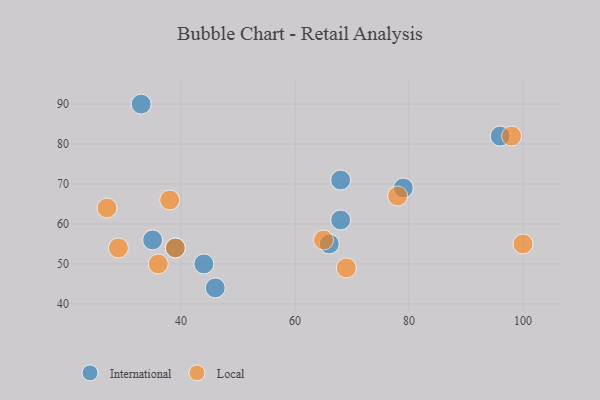
{"axis": {"x": "GDP", "y": "Life Expectancy"}, "legend": ["International", "Local"], "data": [{"x": "79", "y": 69, "type": "International"}, {"x": "68", "y": 61, "type": "International"}, {"x": "44", "y": 50, "type": "International"}, {"x": "46", "y": 44, "type": "International"}, {"x": "96", "y": 82, "type": "International"}, {"x": "66", "y": 55, "type": "International"}, {"x": "33", "y": 90, "type": "International"}, {"x": "35", "y": 56, "type": "International"}, {"x": "39", "y": 54, "type": "International"}, {"x": "68", "y": 71, "type": "International"}, {"x": "36", "y": 50, "type": "Local"}, {"x": "27", "y": 64, "type": "Local"}, {"x": "39", "y": 54, "type": "Local"}, {"x": "78", "y": 67, "type": "Local"}, {"x": "29", "y": 54, "type": "Local"}, {"x": "98", "y": 82, "type": "Local"}, {"x": "38", "y": 66, "type": "Local"}, {"x": "69", "y": 49, "type": "Local"}, {"x": "100", "y": 55, "type": "Local"}, {"x": "65", "y": 56, "type": "Local"}]}